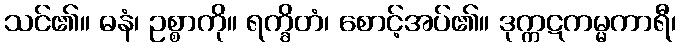
သင်၏။ ဓနံ၊ ဥစ္စာကို။ ရက္ခိတံ၊ စောင့်အပ်၏။ ဒုက္ကဋကမ္မကာရီ၊